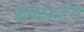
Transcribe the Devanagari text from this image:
फ्रैंकफर्टस